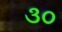
૩૦